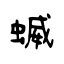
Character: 蝛